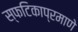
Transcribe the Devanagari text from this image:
स्फटिकाप्रमाणे